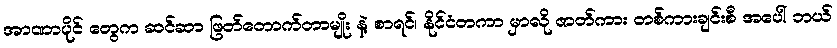
အာဏာပိုင် တွေက ဆင်ဆာ ဖြတ်တောက်တာမျိုး နဲ့ စာရင်၊ နိုင်ငံတကာ မှာလို ဇာတ်ကား တစ်ကားချင်းစီ အပေါ် ဘယ်